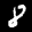
Label: 8